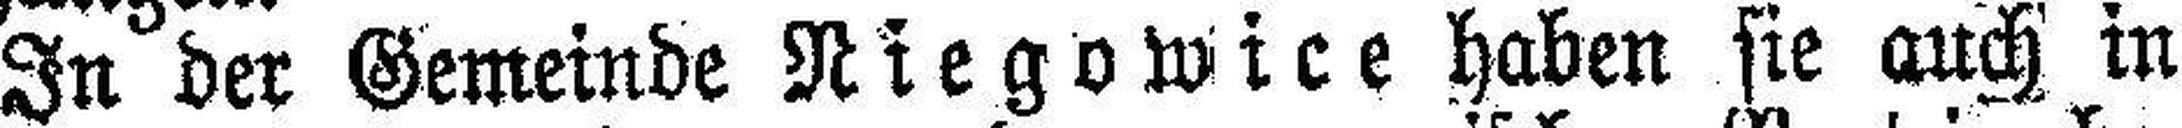
In der Gemeinde Niegowice haben sie auch in